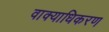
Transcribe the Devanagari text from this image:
वाक्याधिकरण